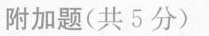
附加题(共5分)